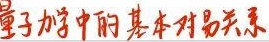
量子力学中的基本对易关系